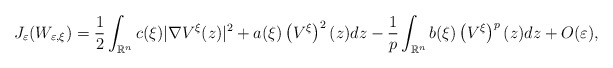
\begin{align*}J_{\varepsilon}(W_{\varepsilon,\xi})=\frac{1}{2}\int_{\mathbb{R}^{n}}c(\xi)|\nabla V^{\xi}(z)|^{2}+a(\xi)\left( V^{\xi}\right) ^{2}(z)dz-\frac{1}{p}\int_{\mathbb{R}^{n}}b(\xi)\left( V^{\xi}\right) ^{p}(z)dz+O(\varepsilon),\end{align*}